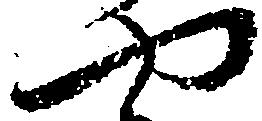
や